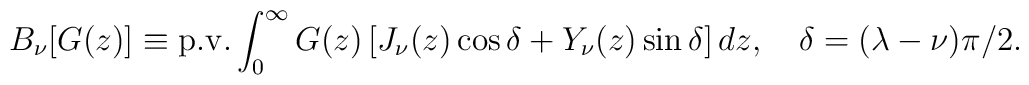
B_{\nu }[G(z)]\equiv {\mathrm{p.v.}}\int_{0}^{\infty}{G(z)\left[ J_\nu (z)\cos \delta +Y_\nu (z)\sin \delta \right] dz}, \quad \delta =(\lambda -\nu )\pi /2 .